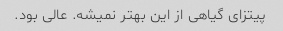
پیتزای گیاهی از این بهتر نمیشه. عالی بود.